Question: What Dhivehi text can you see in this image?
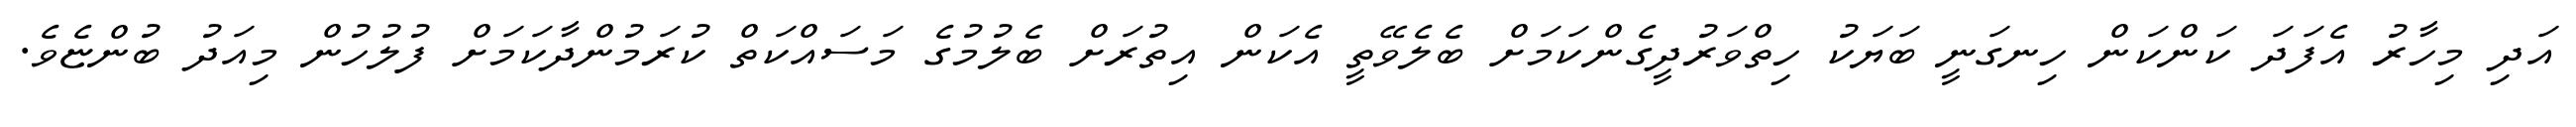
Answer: އަދި މިހާރު އެފަދަ ކަންކަން ހިނގަނީ ބަޔަކު ހިތްވަރުދީގެންކަމަށް ބެލެވޭތީ އެކަން އިތުރަށް ބެލުމުގެ މަސައްކަތް ކުރަމުންދާކަމަށް ފުލުހުން މިއަދު ބުންޏެވެ.